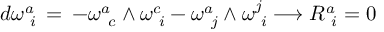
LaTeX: d \omega _ { \phantom { i } i } ^ { a } \, = \, - \omega _ { \phantom { c } c } ^ { a } \wedge \omega _ { \phantom { i } i } ^ { c } - \omega _ { \phantom { j } j } ^ { a } \wedge \omega _ { \phantom { i } i } ^ { j } \longrightarrow R _ { \phantom { i } i } ^ { a } = 0